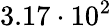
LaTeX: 3.17\cdot 10^{2}